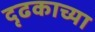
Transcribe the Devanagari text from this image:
दृढकाच्या